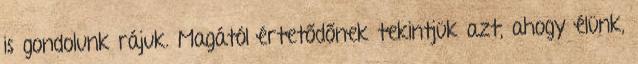
is gondolunk rájuk. Magától értetődőnek tekintjük azt, ahogy élünk,